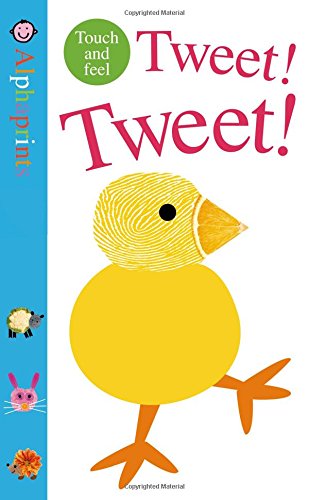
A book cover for Alphaprints: Tweet! Tweet!; Roger Priddy; Children's Books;